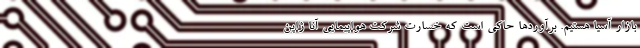
بازار آسیا هستیم. برآوردها حاکی است که خسارت شرکت هواپیمایی آنا ژاپن